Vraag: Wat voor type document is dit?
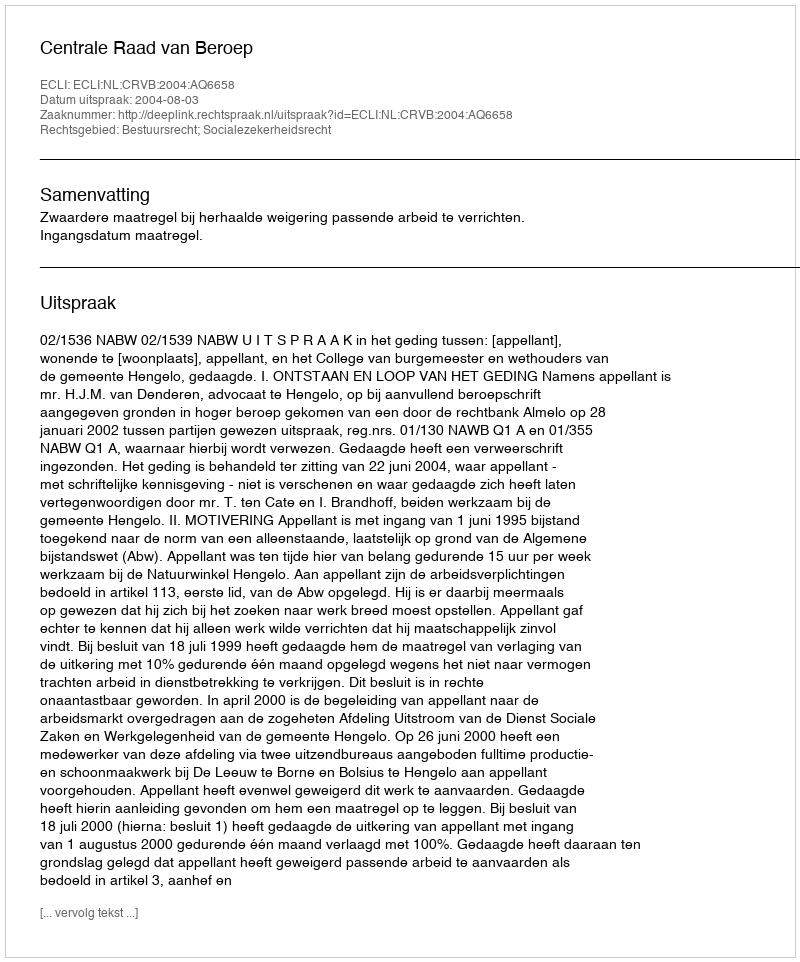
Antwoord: Uitspraak